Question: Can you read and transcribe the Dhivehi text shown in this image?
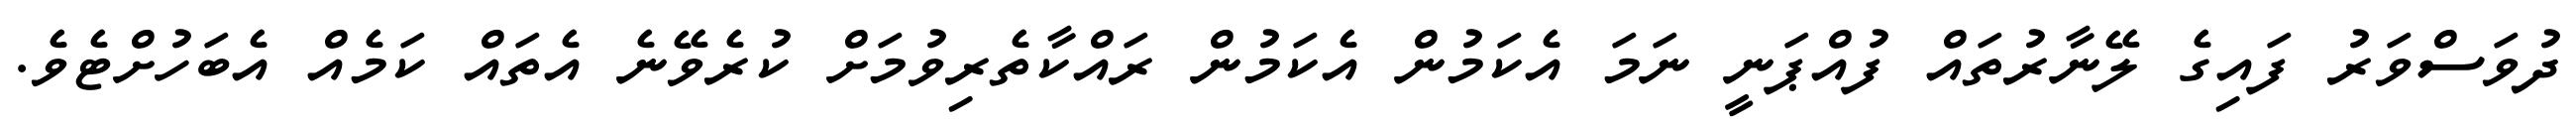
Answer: ދުވަސްވަރު ފައިގެ ލޭނާރުތައް ފުއްޕަނީ ނަމަ އެކަމުން އެކަމުން ރައްކާތެރިވުމަށް ކުރެވޭނެ އެތައް ކަމެއް އެބަހުށްޓެވެ.